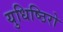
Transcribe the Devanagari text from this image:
युधिष्ठिरो